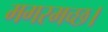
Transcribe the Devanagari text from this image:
मगरमच्छ।